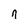
Character: n